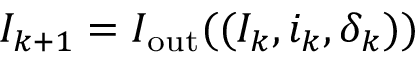
I _ { k + 1 } = I _ { \mathrm { o u t } } ( ( I _ { k } , i _ { k } , \delta _ { k } ) )